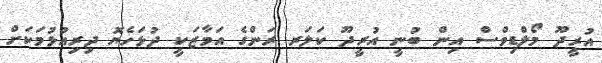
އުރީދޫ މޯލްޑިވްސް އިން ބުނީ އުރީދޫ ކަލަރ ރަންގެ އަމާޒަކީ ދުޅަހެޔޮ ދިރިއުޅުމަކަށް